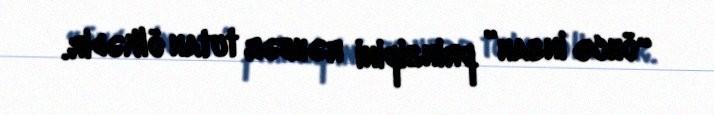
“öncə insan” prinsipini rəhbər tutan ölkədir.